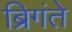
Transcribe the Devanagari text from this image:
ब्रिगंते